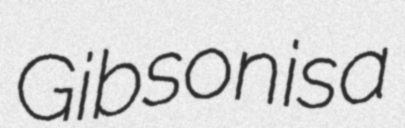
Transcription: Gibson is a